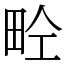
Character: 𤱝